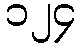
၁၂၄